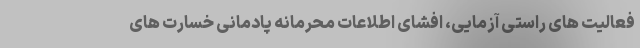
فعالیت های راستی آزمایی، افشای اطلاعات محرمانه پادمانی خسارت های